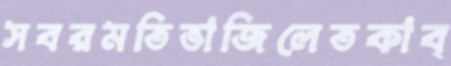
সবরমতিভাজিলেতকাব্